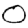
Digit: 0